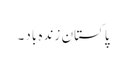
پاکستان زندہ باد۔